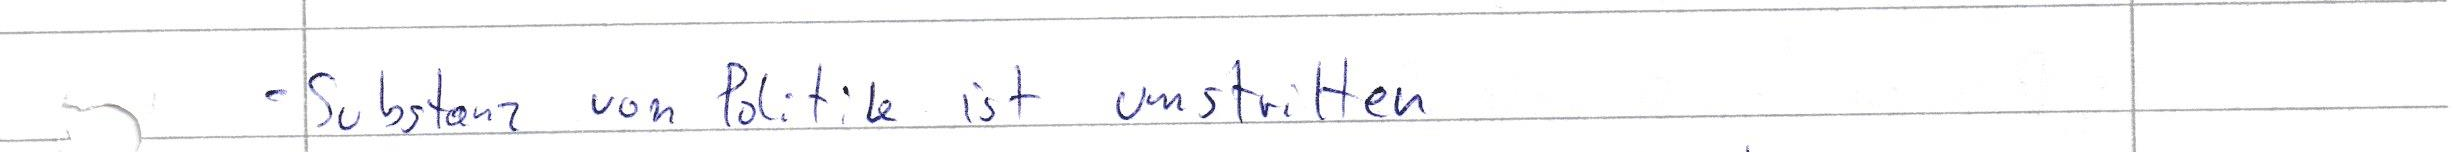
- Substanz von Politk ist umstritten